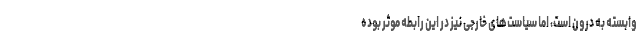
وابسته به درون است، اما سیاست‌های خارجی نیز در این رابطه موثر بوده